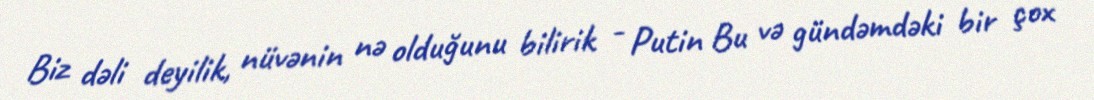
Biz dəli deyilik, nüvənin nə olduğunu bilirik - Putin Bu və gündəmdəki bir çox